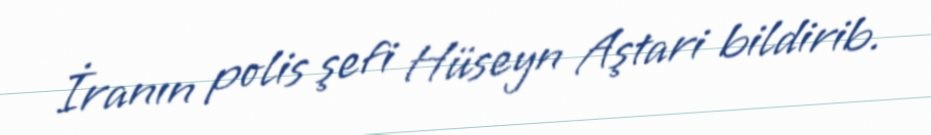
İranın polis şefi Hüseyn Aştari bildirib.